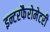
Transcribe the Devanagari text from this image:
इन्टरफैरोमेटरी